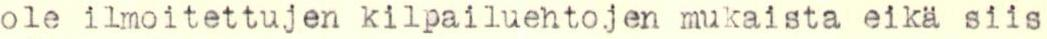
ole ilmoitettujen kilpailuehtojen mukaista eikä siis